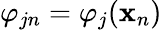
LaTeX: \varphi_{jn}=\varphi_{j}(\mathbf{x}_{n})